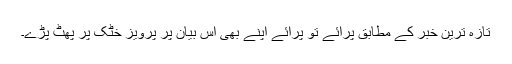
تازہ ترین خبر کے مطابق پرائے تو پرائے اپنے بھی اس بیان پر پرویز خٹک پر پھٹ پڑے۔